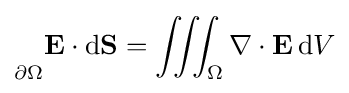
{\vphantom {\oint }}_{\scriptstyle \partial \Omega }\mathbf {E} \cdot \mathrm {d} \mathbf {S} =\iiint _{\Omega }\nabla \cdot \mathbf {E} \,\mathrm {d} V